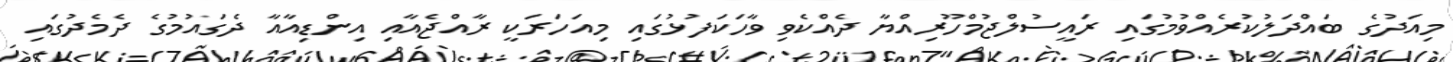
މިއަދުގެ ބައްދަލުކުރެއްވުމުގައި ރައީސުލްޖުމްހޫރިއްޔާ ދެއްކެވި ވާހަކަފުޅުގައި މިއަހަރަކީ ރާއްޖެއާއި އިންޑިއާއާ ދެގައުމުގެ ދެމެދުގައި